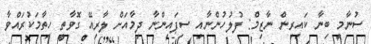
ސުނާމީ ބިނާ ކައިރިން ނާޒިމް: ފުލުހުންނާއި ސިފައިންނާ ދިމާއަށް ލާރިއޭ ގޮވާތީ ހިތާމަކުރައްވާ